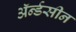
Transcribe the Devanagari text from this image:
ॲर्न्डसीन